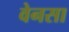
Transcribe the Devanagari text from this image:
वेनसा